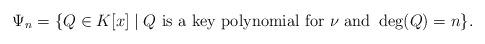
LaTeX: \begin{align*}\Psi_n=\{Q\in K[x]\mid Q\mbox{ is a key polynomial for }\nu\mbox{ and }\deg(Q)=n\}.\end{align*}